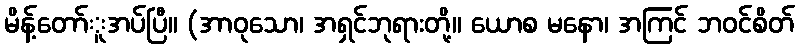
မိန့်တော်ူအပ်ပြီ။ (အာဝုသော၊ အရှင်ဘုရားတို့။ ယောစ မနော၊ အကြင် ဘဝင်စိတ်